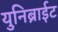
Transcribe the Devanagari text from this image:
युनिब्राईट